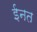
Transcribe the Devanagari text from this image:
ईनत